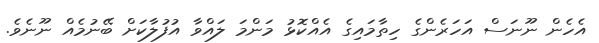
އެހެން ނޫނަސް އަހަރެންގެ ހިތާމައިގެ އެއްކޮޅު މަންމަ ލައްވާ އުފުލާކަށް ބޭނުމެއް ނޫނެވެ.